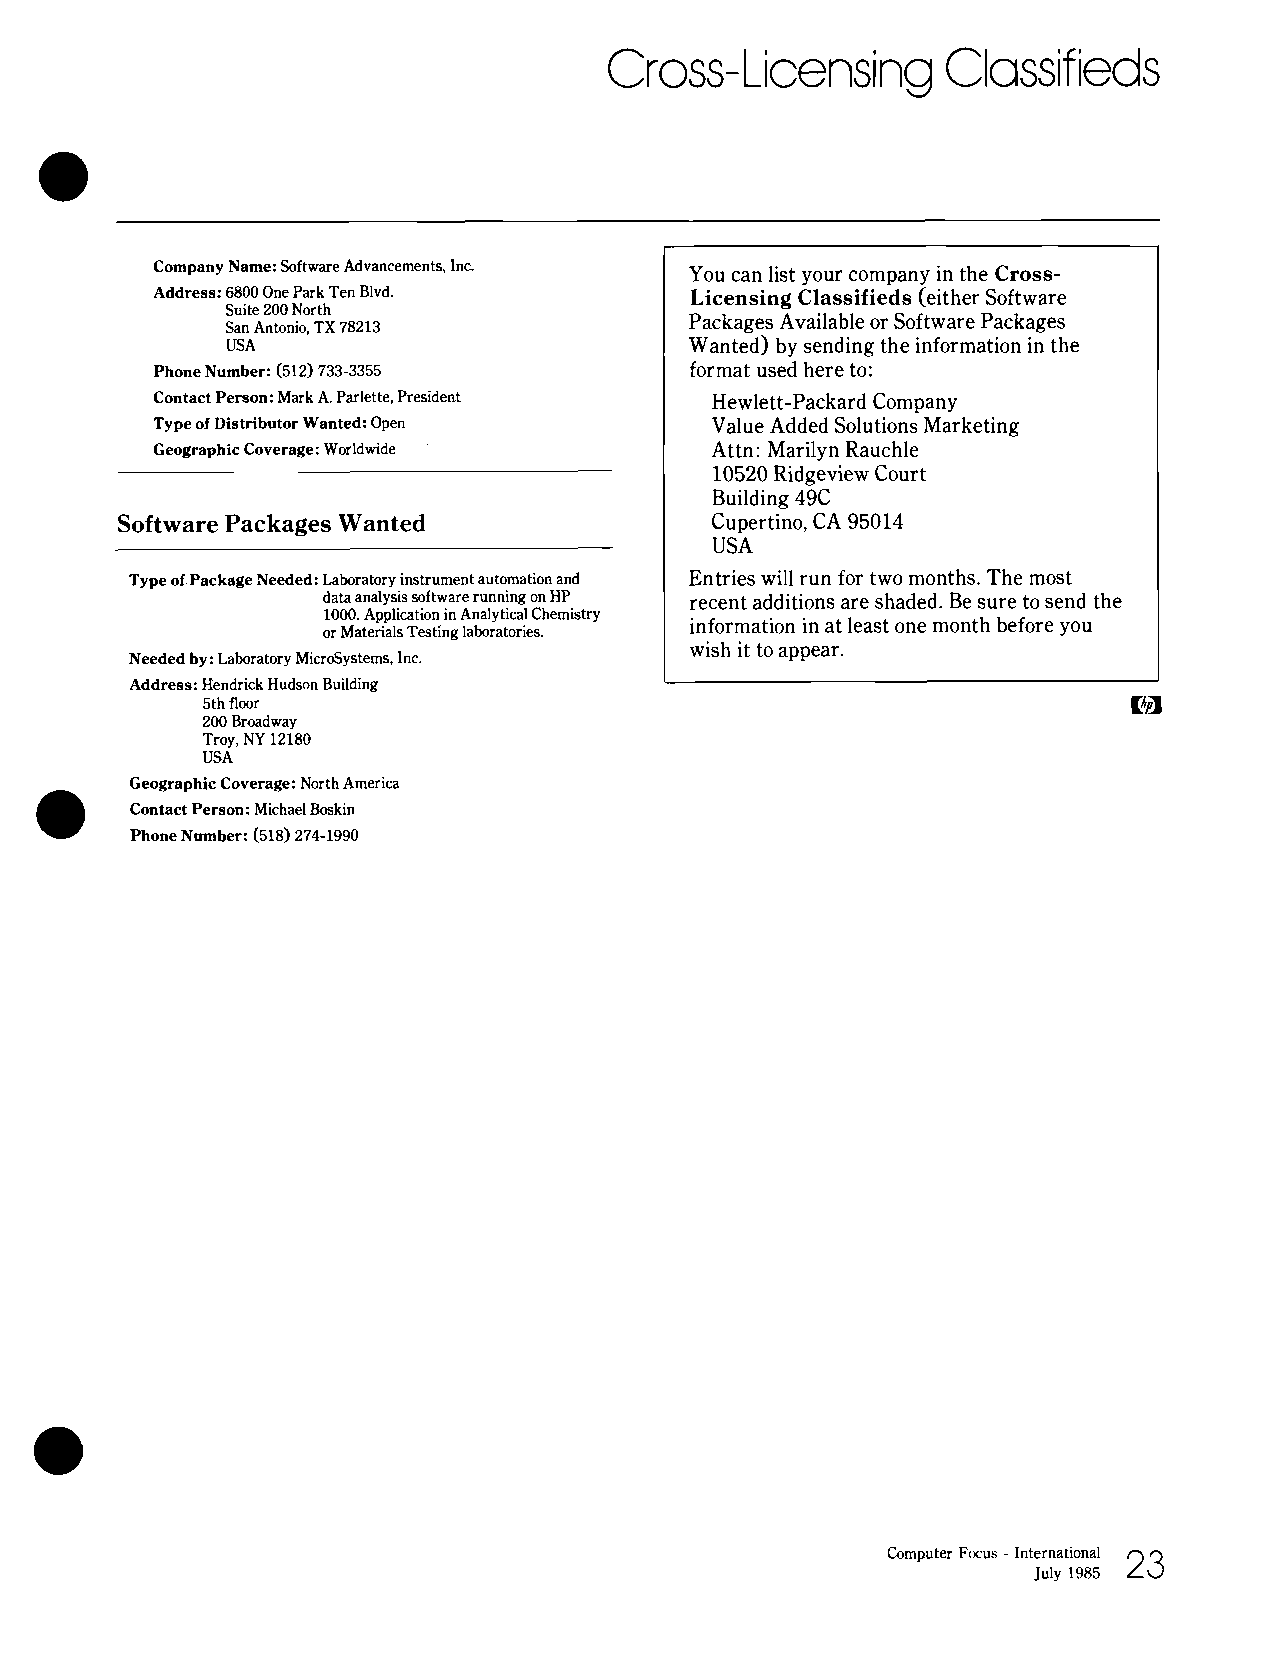
Cross-   Licensing     Classif ieds
 Company Name: Software Advancements, Inc. You can list your company in the Cross-
 Address: 6800 One Park Ten Blvd.    Licensing Classifieds (either Software
 Suite 200 North
 Packages Available or Software Packages
 San Antonio, TX 78213
 USA                            Wanted) by sending the information in the
 Phone Number: (512) 733-3355        format used here to:
 Contact Person: Mark A. Parlette, President Hewlett-Packard Company
 Type of Distributor Wanted: Open     Value Added Solutions Marketing
 Geographic Coverage: Worldwide       Attn: Marilyn Rauchle
 10520 Ridgeview Court
 Building 49C
 Software Packages Wanted               Cupertino, CA 95014
 USA
 Type of Package Needed: Laboratory instrument automation and Entries will run for two months. The most
 data analysis software running on HP recent additions are shaded. Be sure to send the
 1000. Application in Analytical Chemistry
 information in at least one month before you
 or Materials Testing laboratories.
 wish it to appear.
 Needed by: Laboratory MicroSystems, Inc.
 Address: Hendrick Hudson Building
 5th floor
 200 Broadway
 Troy, NY 12180
 USA
 Geographic Coverage: North America
 Contact Person: Michael Boskin
 Phone Number: (518) 274-1990
 Computer Focus - International 23
 JUIY1 985